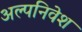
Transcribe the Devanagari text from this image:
अल्पनिवेश